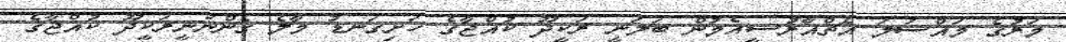
މަރުގެ މައްސަަލަ އެޗްއާރުސީއެމުން ބަލަނީ ރަކީދޫ ކުއްޖާގެ ހަށިގަނޑު މާލެ ގެންނަނީރަކީދޫ ކުއްޖާގެ